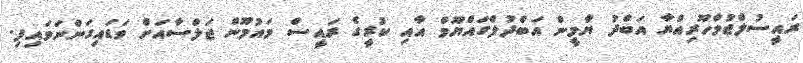
ރައީސުލްޖުމްހޫރިއްޔާ އަބްދު ޔާމީން އަބްދުލްގައްޔޫމް އާއި ކުރީގެ ރައީސް މައުމޫން ޖަލްސާއަށް ވަޑައިގަންނަވައިފި.